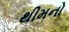
થીમનો